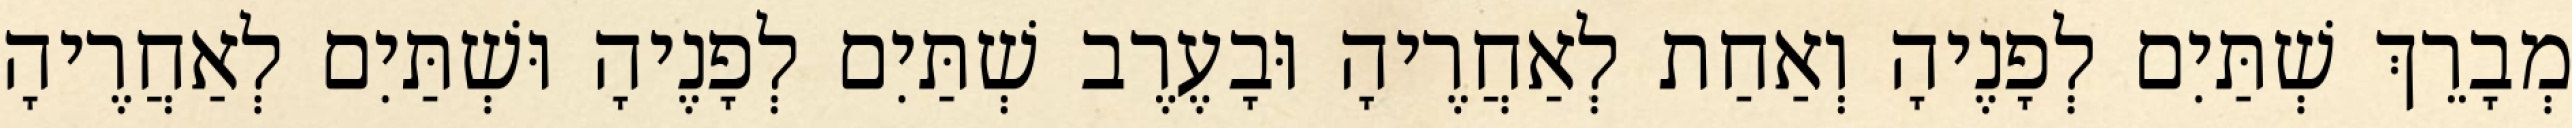
מְבָרֵךְ שְׁתַּיִם לְפָנֶיהָ וְאַחַת לְאַחֲרֶיהָ וּבָעֶרֶב שְׁתַּיִם לְפָנֶיהָ וּשְׁתַּיִם לְאַחֲרֶיהָ